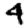
Digit: 4